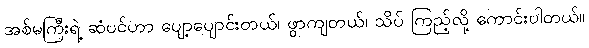
အစ်မကြီးရဲ့ ဆံပင်ဟာ ပျော့ပျောင်းတယ်၊ ဖွာကျတယ်၊ သိပ် ကြည့်လို့ ကောင်းပါတယ်။